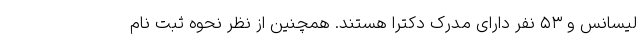
لیسانس و ۵۳ نفر دارای مدرک دکترا هستند. همچنین از نظر نحوه ثبت نام